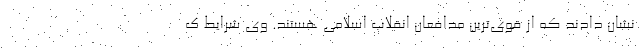
نشان دادند که از قوی‌ترین مدافعان انقلاب اسلامی هستند. وی شرایط ک